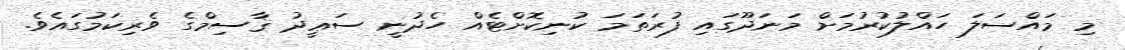
މި މައްސަލަ ހައްލުކުރުމަށް މަނަދޫގައި ފުރަތަމަ ކުނިކޮށްޓެއް ހެދުނީ ސަޢީދު ޤާސިމްގެ ވެރިކަމުގައެވެ.